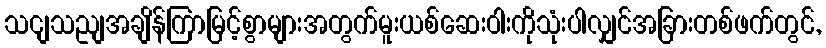
သငျသညျအချိန်ကြာမြင့်စွာများအတွက်မူးယစ်ဆေးဝါးကိုသုံးပါလျှင်အခြားတစ်ဖက်တွင်,